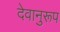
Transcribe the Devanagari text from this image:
देवानुरूप